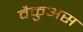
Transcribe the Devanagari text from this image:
वैकुअस